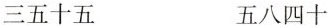
三五十五 五八四十